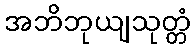
အဘိဘုယျသုတ္တံ